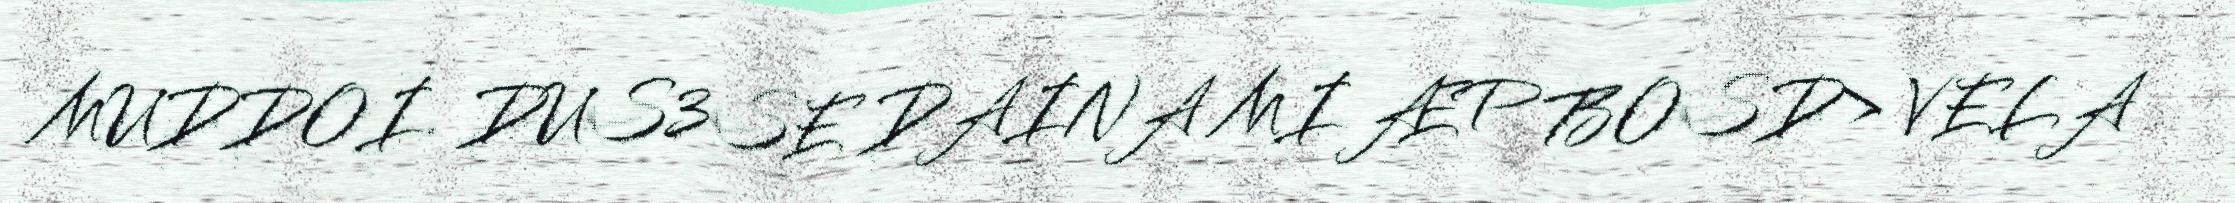
MUDDOI. DUS3SE DAINA MI ÆP BOSD> VELA